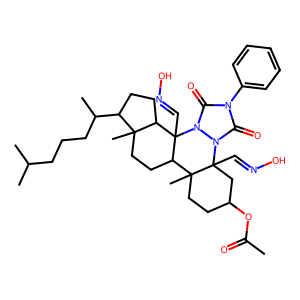
SMILES: CC(=O)OC1CCC2(C)C3CCC4(C)C(C(C)CCCC(C)C)CCC4C3(C=NO)n3c(=O)n(-c4ccccc4)c(=O)n3C2(C=NO)C1
Inhibits HIV replication: No